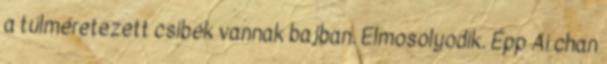
a túlméretezett csibék vannak bajban. Elmosolyodik. Épp Ai chan